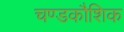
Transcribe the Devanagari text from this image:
चण्डकौशिक